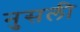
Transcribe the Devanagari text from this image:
नुसली